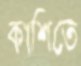
কাশিতে